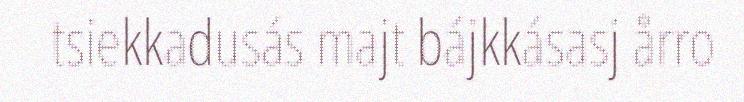
tsiekkadusás majt bájkkásasj årro